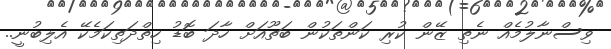
ވިސްނާލުމެއް ނެތި ޒޭން ކުރި ކަންތަކުން ބަތޫއަށް ހާދަ ބޮޑު ހިތްދަތިކަމެކޭ އެލިބުނީ..